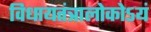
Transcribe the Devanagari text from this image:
विधायतंत्रालोकोऽयं